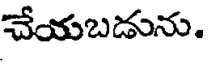
చేయబడును.